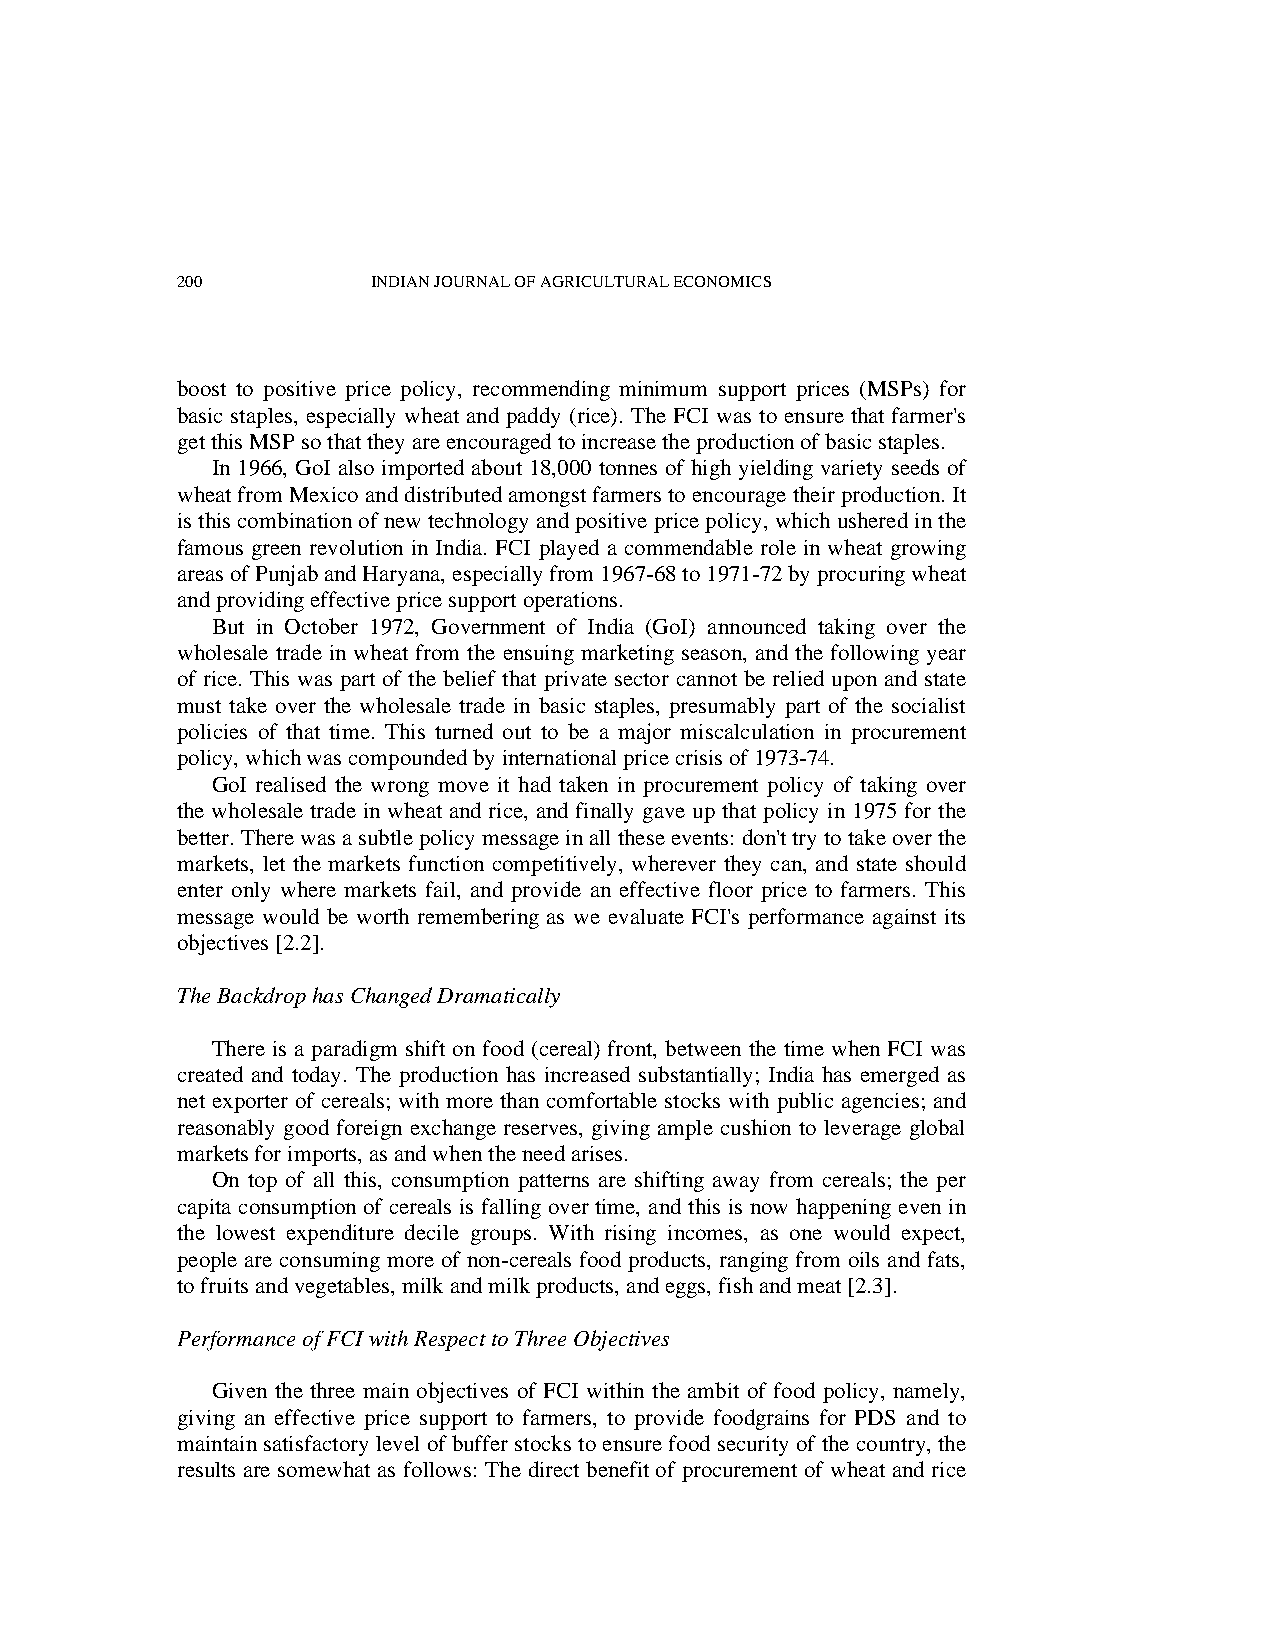
200          INDIAN JOURNAL OF AGRICULTURAL ECONOMICS
 boost to positive price policy, recommending minimum support prices (MSPs) for
 basic staples, especially wheat and paddy (rice). The FCI was to ensure that farmer's
 get this MSP so that they are encouraged to increase the production of basic staples.
 In 1966, GoI also imported about 18,000 tonnes of high yielding variety seeds of
 wheat from Mexico and distributed amongst farmers to encourage their production. It
 is this combination of new technology and positive price policy, which ushered in the
 famous green revolution in India. FCI played a commendable role in wheat growing
 areas of Punjab and Haryana, especially from 1967-68 to 1971-72 by procuring wheat
 and providing effective price support operations.
 But in October 1972, Government of India (GoI) announced taking over the
 wholesale trade in wheat from the ensuing marketing season, and the following year
 of rice. This was part of the belief that private sector cannot be relied upon and state
 must take over the wholesale trade in basic staples, presumably part of the socialist
 policies of that time. This turned out to be a major miscalculation in procurement
 policy, which was compounded by international price crisis of 1973-74.
 GoI realised the wrong move it had taken in procurement policy of taking over
 the wholesale trade in wheat and rice, and finally gave up that policy in 1975 for the
 better. There was a subtle policy message in all these events: don't try to take over the
 markets, let the markets function competitively, wherever they can, and state should
 enter only where markets fail, and provide an effective floor price to farmers. This
 message would be worth remembering as we evaluate FCI's performance against its
 objectives [2.2].
 The Backdrop has Changed Dramatically
 There is a paradigm shift on food (cereal) front, between the time when FCI was
 created and today. The production has increased substantially; India has emerged as
 net exporter of cereals; with more than comfortable stocks with public agencies; and
 reasonably good foreign exchange reserves, giving ample cushion to leverage global
 markets for imports, as and when the need arises.
 On top of all this, consumption patterns are shifting away from cereals; the per
 capita consumption of cereals is falling over time, and this is now happening even in
 the lowest expenditure decile groups. With rising incomes, as one would expect,
 people are consuming more of non-cereals food products, ranging from oils and fats,
 to fruits and vegetables, milk and milk products, and eggs, fish and meat [2.3].
 Performance of FCI with Respect to Three Objectives
 Given the three main objectives of FCI within the ambit of food policy, namely,
 giving an effective price support to farmers, to provide foodgrains for PDS and to
 maintain satisfactory level of buffer stocks to ensure food security of the country, the
 results are somewhat as follows: The direct benefit of procurement of wheat and rice